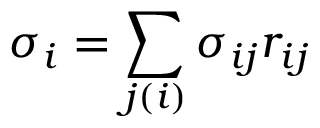
\sigma _ { i } = \sum _ { j ( i ) } \sigma _ { i j } r _ { i j }